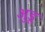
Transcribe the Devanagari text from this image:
अुडू